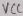
Text: VCC